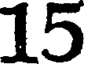
15